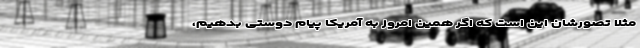
مثلاً تصورشان این است که اگر همین امروز به آمریکا پیام دوستی بدهیم،